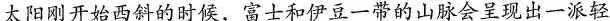
太阳刚开始西斜的时候，富士和伊豆一带的山脉会呈现出一派轻